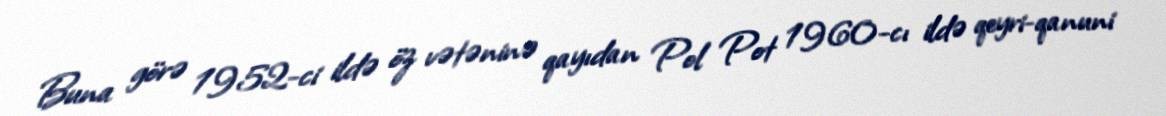
Buna görə 1952-ci ildə öz vətəninə qayıdan Pol Pot 1960-cı ildə qeyri-qanuni